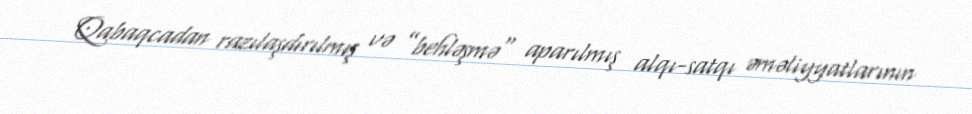
Qabaqcadan razılaşdırılmış və ”behləşmə" aparılmış alqı-satqı əməliyyatlarının